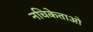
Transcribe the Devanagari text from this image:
नचिकेताओ